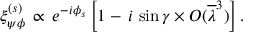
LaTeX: \xi _ { \psi \phi } ^ { ( s ) } \, \propto \, e ^ { - i \phi _ { s } } \left[ 1 - \, i \, \sin \gamma \times { \cal O } ( \overline { { { \lambda } } } ^ { 3 } ) \right] .